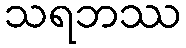
သရဘဿ